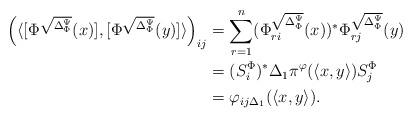
LaTeX: \begin{align*}\Big(\langle[\Phi^{\sqrt{\Delta_{\Phi}^{\Psi}}}(x)],[\Phi^{\sqrt{\Delta_{\Phi}^{\Psi}}}(y)]\rangle\Big)_{ij}&=\sum_{r=1}^{n}(\Phi^{\sqrt{\Delta_{\Phi}^{\Psi}}}_{ri}(x))^*\Phi_{rj}^{\sqrt{\Delta_{\Phi}^{\Psi}}}(y)\\&=(S_{i}^{\Phi})^*\Delta_{1}\pi^{\varphi}(\langle x,y\rangle)S_{j}^{\Phi}\\&=\varphi_{ij\Delta_{1}}(\langle x,y\rangle).\end{align*}